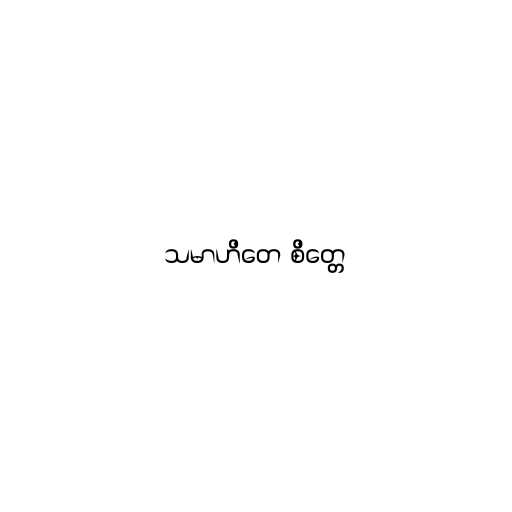
သမာဟိတေ စိတ္တေ